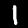
Digit: 1